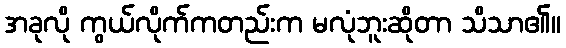
အခုလို ကွယ်လိုက်ကတည်းက မလုံဘူးဆိုတာ သိသာ၏။